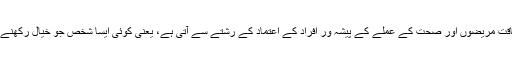
وہ کہتی ہیں کہ تحقیق کے مطابق پلیسبو کی گولی کی طاقت مریضوں اور صحت کے عملے کے پیشہ ور افراد کے اعتماد کے رشتے سے آتی ہے، یعنی کوئی ایسا شخص جو خیال رکھنے والا ہو اور اعتماد کے ساتھ علاج کی پیشکش کر سکے۔